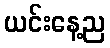
ယင်းနေ့ည